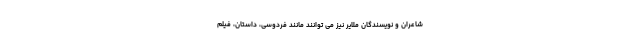
شاعران و نویسندگان ملایر نیز می توانند مانند فردوسی، داستان، فیلم